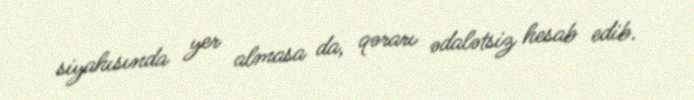
siyahısında yer almasa da, qərarı ədalətsiz hesab edib.